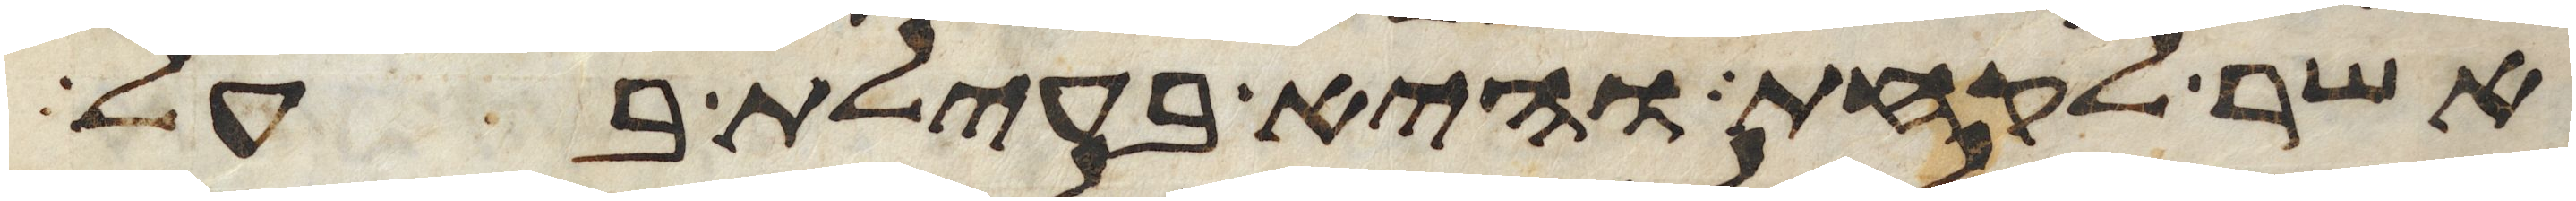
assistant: אשר לקחת והיא בעילת בעל